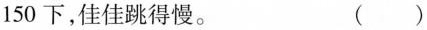
150下，佳佳跳得慢。 （ ）